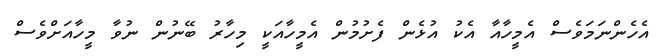
އެހެންނަމަވެސް އެމީހާއާ އެކު އުޅެން ފެށުމުން އެމީހާއަކީ މިހާރު ބޭނުން ނުވާ މީހާއަށްވެސް